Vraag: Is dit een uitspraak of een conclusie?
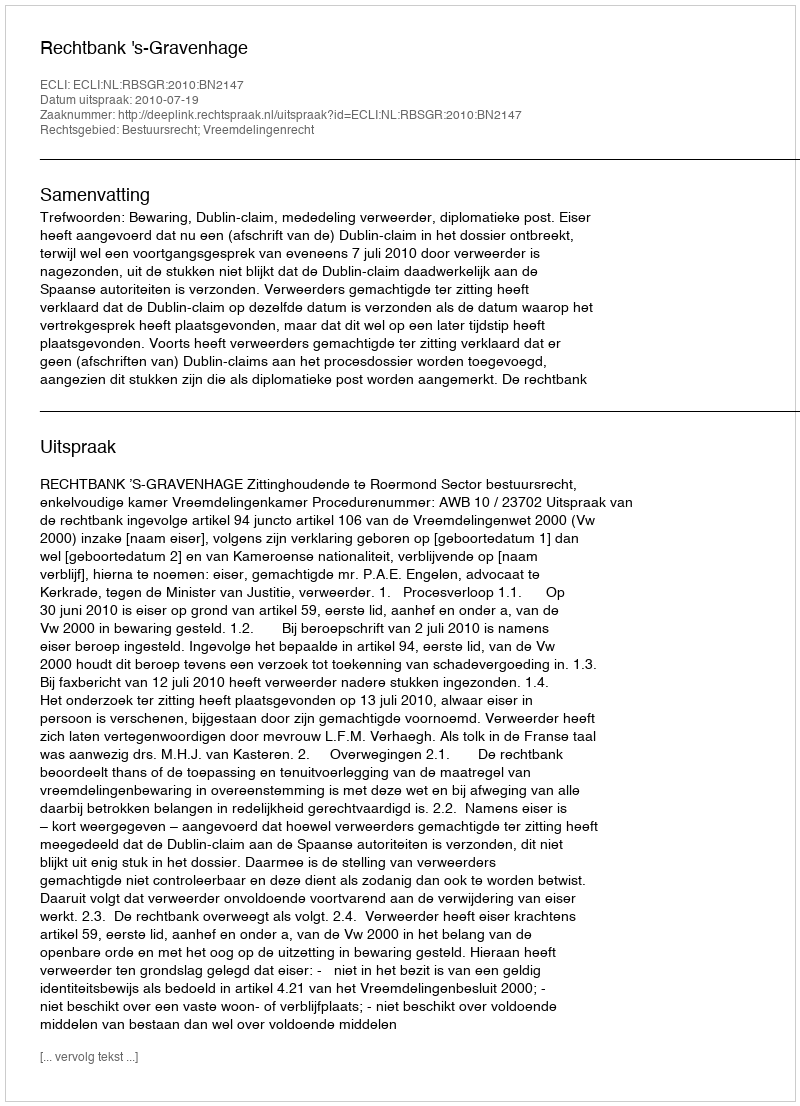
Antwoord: Uitspraak